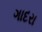
ગાદરા